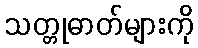
သတ္တုဓာတ်များကို